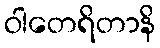
ဝါတေရိတာနိ